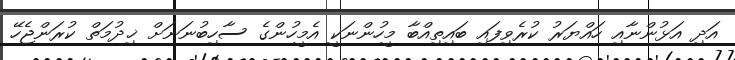
އަދި އަޅުންނާއި ހައްޔަރު ކުރެވިފައި ބައިތިއްބާ މީހުންނަކީ އެމީހުންގެ ސާހިބުނަނަށް ޚިދުމަތް ކުރަންޖެހޭ